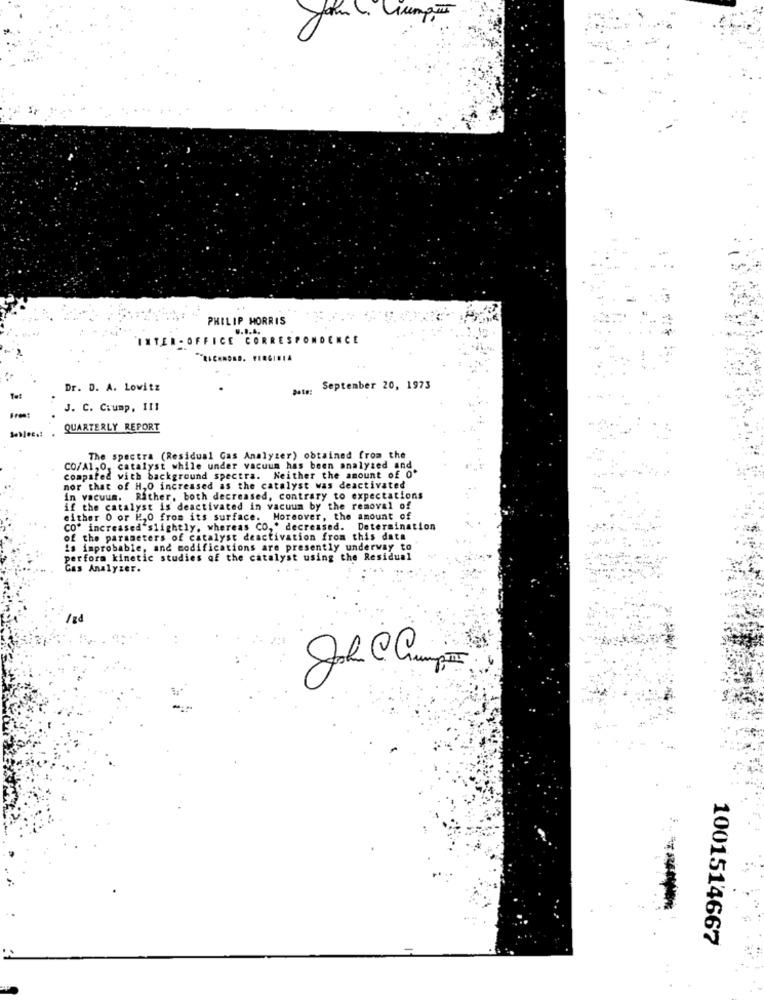
PHILIP MORRIS
INTER - OFFICE CORRESPONDENCE
Dr. D. A. Lowitz
Date:
September 20, 1973
J. C. Ciump, 111
QUARTERLY REPORT
The spectra (Residual Cas Analyzer) obtained from the
CO/A1,O, catalyst while under vacuum has been analyzed and
compared with background spectra. Neither the amount of 0'
nor that of H,O increased as the catalyst was deactivated
in vacuum.
Rather, both decreased, contrary to expectations
if the catalyst is deactivated in vacuum by the removal of
either 0 or K,0 from its surface. Moreover, the amount of
CO* increased slightly, whereas CO ,* decreased. Determination
of the parameters of catalyst deactivation from this data
is improbable, and modifications are presently underway to
perform kinetic studies of the catalyst using the Residual
Gas Analyzer.
e
1001514667